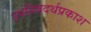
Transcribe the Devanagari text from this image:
उपनिषदर्थप्रकाश